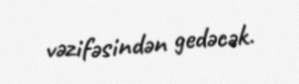
vəzifəsindən gedəcək.